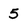
Character: 5